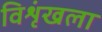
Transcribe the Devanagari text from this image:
विशृंखला